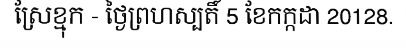
ស្រែខ្មុក - ថ្ងៃព្រហស្បតិ៍ 5 ខែកក្កដា 20128.